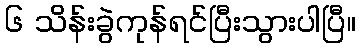
၆ သိန်းခွဲကုန်ရင်ပြီးသွားပါပြီ။